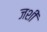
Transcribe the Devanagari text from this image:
जशीं